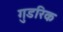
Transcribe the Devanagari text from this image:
गुडरिक